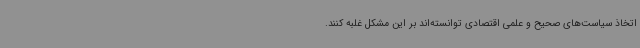
اتخاذ سیاست‌های صحیح و علمی اقتصادی توانسته‌اند بر این مشکل غلبه کنند.